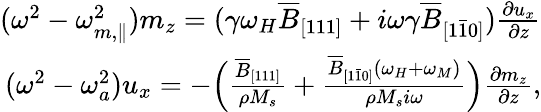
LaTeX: \begin{array}{r}{(\omega^{2}-\omega_{m,\parallel}^{2})m_{z}=(\gamma\omega_{H}\overline{{B}}_{[111]}+i\omega\gamma\overline{{B}}_{[1\bar{1}0]})\frac{\partial u_{x}}{\partial z}}\\ {(\omega^{2}-\omega_{a}^{2})u_{x}=-\Big(\frac{\overline{{B}}_{[111]}}{\rho M_{s}}+\frac{\overline{{B}}_{[1\bar{1}0]}(\omega_{H}+\omega_{M})}{\rho M_{s}i\omega}\Big)\frac{\partial m_{z}}{\partial z},}\end{array}